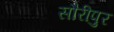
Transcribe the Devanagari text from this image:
सौरीपुर